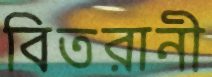
বিতরানী